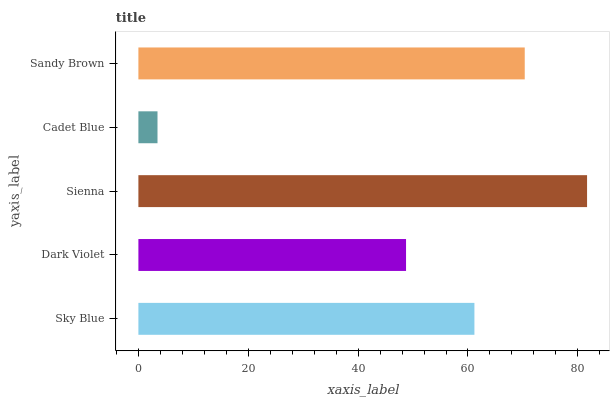
| yaxis_label | bars |
 | --- | --- |
 | Sky Blue | 61.2 |
 | Dark Violet | 48.7 |
 | Sienna | 81.7 |
 | Cadet Blue | 3.48 |
 | Sandy Brown | 70.3 |